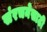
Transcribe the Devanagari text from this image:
संरचनेसाठी